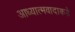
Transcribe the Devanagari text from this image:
आध्यात्मवादाकडे